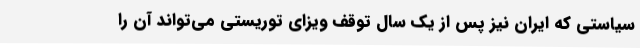
سیاستی که ایران نیز پس از یک سال توقف ویزای توریستی می‌تواند آن را